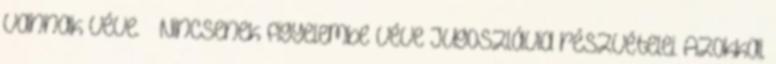
vannak véve. ↑ Nincsenek figyelembe véve Jugoszlávia részvételei. Azokkal